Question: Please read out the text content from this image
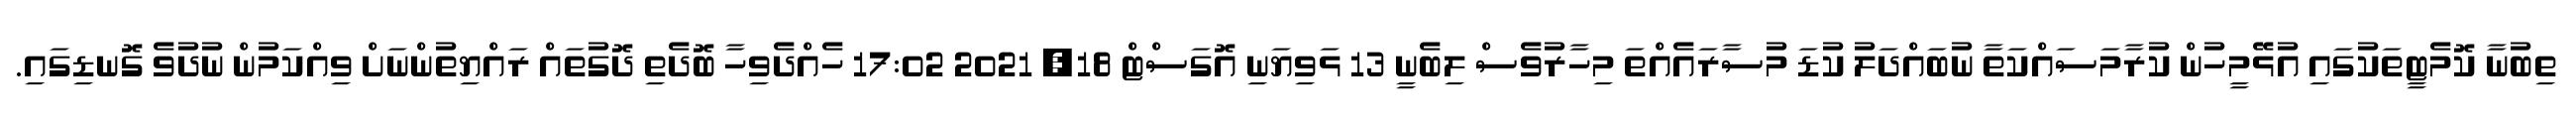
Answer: ތިބުނާ ކޮމެޓީތަކުގައި އުޅޭމީހުން ކުރާމަސައްކަތާ ނުބައްދަލު ކުޑަ މުސާރައެއްތަ މިހާރުވެސް ލިބެނީ 13 ޅަވިޔަނި އޮގަސްޓް 18, 2021 17:02 ހެއްދެވިހާ ބޮދެތި ދޮގުތައް ރައްޔިތުންނަށް ވިއްކަމުން ނުދުވެ ގޮނޑިގައި.